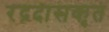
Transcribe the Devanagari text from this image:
रद्रदासकृत